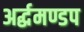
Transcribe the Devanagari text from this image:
अर्द्धमण्डप